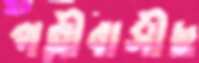
পল্লীবাসীছ